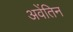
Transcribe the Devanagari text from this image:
अवेंतिन